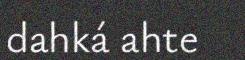
dahká ahte